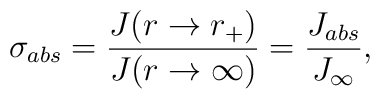
\sigma_{abs} = \frac{J(r \rightarrow r_+ )}{J (r \rightarrow \infty)} = \frac{J_{abs}}{J_{\infty}},